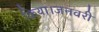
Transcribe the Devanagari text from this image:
किया।जनवरी